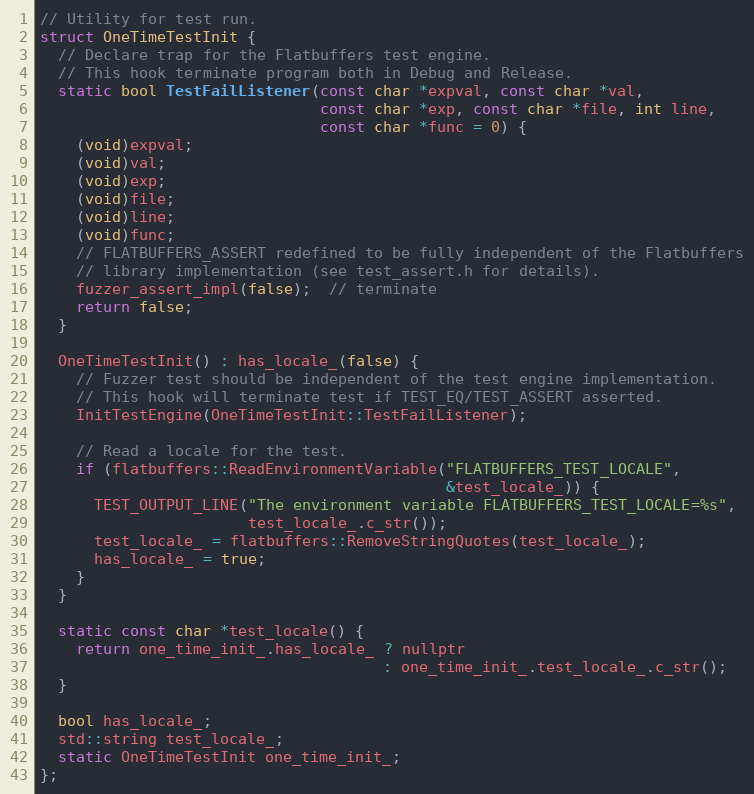
Language: C
// Utility for test run.
struct OneTimeTestInit {
  // Declare trap for the Flatbuffers test engine.
  // This hook terminate program both in Debug and Release.
  static bool TestFailListener(const char *expval, const char *val,
                               const char *exp, const char *file, int line,
                               const char *func = 0) {
    (void)expval;
    (void)val;
    (void)exp;
    (void)file;
    (void)line;
    (void)func;
    // FLATBUFFERS_ASSERT redefined to be fully independent of the Flatbuffers
    // library implementation (see test_assert.h for details).
    fuzzer_assert_impl(false);  // terminate
    return false;
  }

  OneTimeTestInit() : has_locale_(false) {
    // Fuzzer test should be independent of the test engine implementation.
    // This hook will terminate test if TEST_EQ/TEST_ASSERT asserted.
    InitTestEngine(OneTimeTestInit::TestFailListener);

    // Read a locale for the test.
    if (flatbuffers::ReadEnvironmentVariable("FLATBUFFERS_TEST_LOCALE",
                                             &test_locale_)) {
      TEST_OUTPUT_LINE("The environment variable FLATBUFFERS_TEST_LOCALE=%s",
                       test_locale_.c_str());
      test_locale_ = flatbuffers::RemoveStringQuotes(test_locale_);
      has_locale_ = true;
    }
  }

  static const char *test_locale() {
    return one_time_init_.has_locale_ ? nullptr
                                      : one_time_init_.test_locale_.c_str();
  }

  bool has_locale_;
  std::string test_locale_;
  static OneTimeTestInit one_time_init_;
};